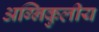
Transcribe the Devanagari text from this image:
अग्निकुलीय